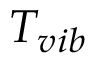
T _ { v i b }